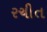
રચીત